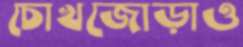
চোখজোড়াও